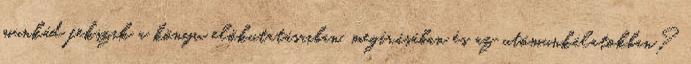
munkád fekszik a könyv előkutatásaiban, megírásában és az utómunkálatokban?